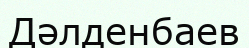
Дәлденбаев